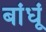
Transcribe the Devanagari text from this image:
बांधूं